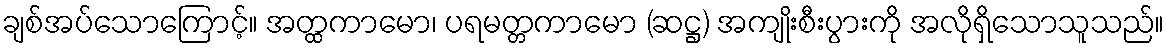
ချစ်အပ်သောကြောင့်။ အတ္ထကာမော၊ ပရမတ္တကာမော (ဆဋ္ဌ) အကျိုးစီးပွားကို အလိုရှိသောသူသည်။